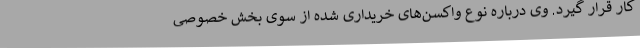
کار قرار گیرد. وی درباره نوع واکسن‌های خریداری شده از سوی بخش خصوصی